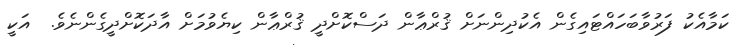
ކަމާއެކު ފަރުވާބަހައްޓައިގެން އެކުދިންނަށް ޤުރްޢާން ދަސްކޮށްދީ ޤުރްޢާން ކިޔެވުމަށް އާދަކޮށްދީގެންނެވެ.  އަކީ